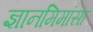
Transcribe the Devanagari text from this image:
ज्ञानमिमांसा